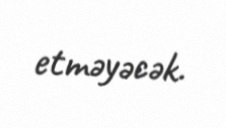
etməyəcək.